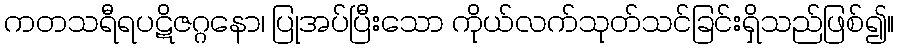
ကတသရီရပဋိဇဂ္ဂနော၊ ပြုအပ်ပြီးသော ကိုယ်လက်သုတ်သင်ခြင်းရှိသည်ဖြစ်၍။